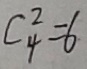
C ^ { 2 } _ { 4 } = 1 2